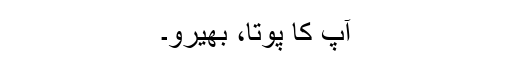
آپ کا پوتا، بھیرو۔